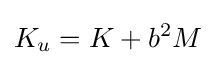
{K_{u}}=K+{b^{2}}M